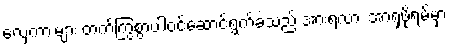
လှေကားများ တက်ကြွစွာပါဝင်ဆောင်ရွက်ခဲ့သည် အားရလား အာရှဖိုရမ်မှာ